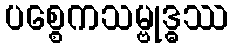
ပစ္စေကသမ္ဗုဒ္ဓဿ